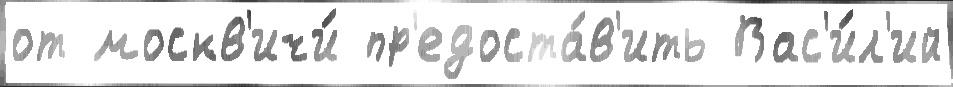
от москв'ичи́ пр'едоста́в'ить Вас'и́л'ий